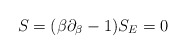
\begin{align*}S = (\beta \partial_{\beta} - 1) S_{E} = 0\end{align*}